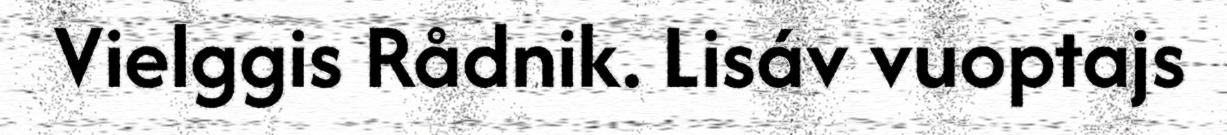
Vielggis Rådnik. Lisáv vuoptajs